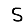
Digit: 5